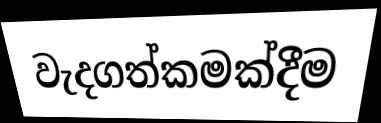
වැදගත්කමක්දීම